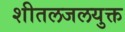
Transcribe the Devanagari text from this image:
शीतलजलयुक्त